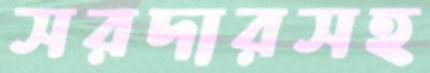
সরদারসহ